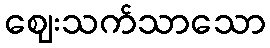
ဈေးသက်သာသော